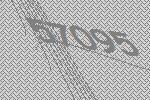
57095